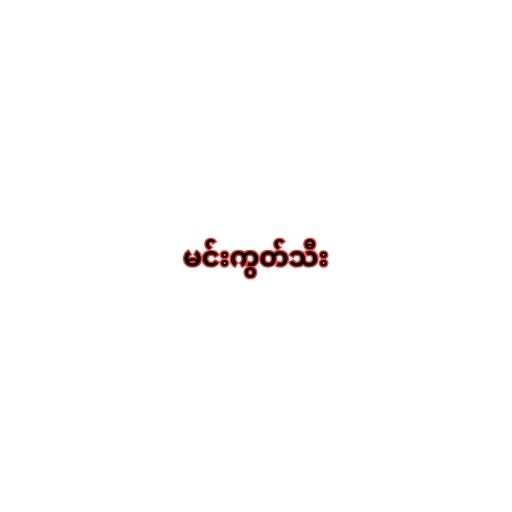
မင်းကွတ်သီး